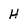
Character: H